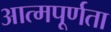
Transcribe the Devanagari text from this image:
आत्मपूर्णता